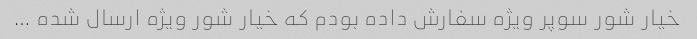
خیار شور سوپر ویژه سفارش داده بودم که خیار شور ویژه ارسال شده …